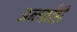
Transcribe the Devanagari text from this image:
अन्तर्ग्राही